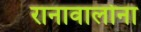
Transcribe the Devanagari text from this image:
रानावालोना